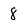
Character: 8